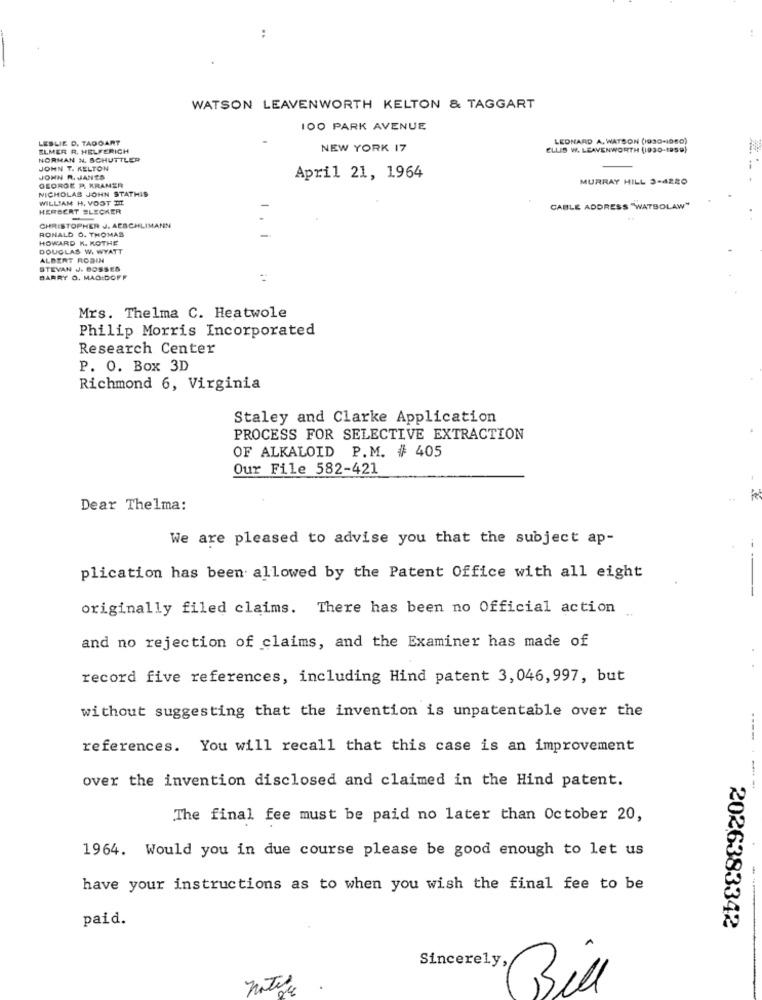
WATSON LEAVENWORTH KELTON & TAGGART
100 PARK AVENUE
LESLIE D. TAGGART
LEONARD A. WATSON (1930-1060)
ELMER R. HELFERICH
NEW YORK 17
ELLIS W. LEAVENWORTH (1930-1959)
NORMAN N. SCHUTTLER
JOHN T. KELTON
JOHN R. JANES
GEORGE P. KRAMER
April 21, 1964
MURRAY HILL 3-4280
NICHOLAS JOHN STATHIS
WILLIAM H. VOST TE
HERBERT SLECKER
CABLE ADDRESS "WATBOLAW"
-
CHRISTOPHER J. AESCHLIMANN
RONALD O. THOMAS
.
HOWARD K. KOTHE
DOUGLAS W. WYATT
ALBERT RODIN
STEVAN J. BOSSES
BARRY O. MAO:DOFF
Mrs. Thelma C. Heatwole
Philip Morris Incorporated
Research Center
P. O. Box 3D
Richmond 6, Virginia
Staley and Clarke Application
PROCESS FOR SELECTIVE EXTRACTION
OF ALKALOID P.M. # 405
Our File 582-421
Dear Thelma:
We are pleased to advise you that the subject ap-
plication has been allowed by the Patent Office with all eight
originally filed claims. There has been no Official action
and no rejection of claims, and the Examiner has made of
record five references, including Hind patent 3, 046, 997, but
without suggesting that the invention is unpatentable over the
references. You will recall that this case is an improvement
over the invention disclosed and claimed in the Hind patent.
---- ---
The final fee must be paid no later than October 20,
1964. Would you in due course please be good enough to let us
have your instructions as to when you wish the final fee to be
paid.
2026383342
Sincerely,
notify
Bill